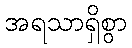
အရသာရှိစွာ